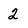
Character: 2